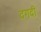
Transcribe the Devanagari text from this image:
दगदी